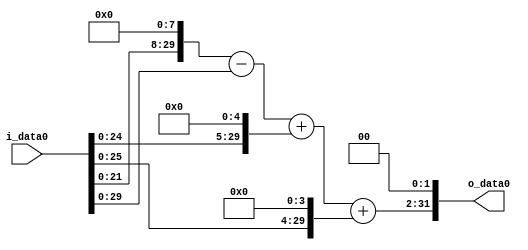
module multiplier_block_115 (
    i_data0,
    o_data0
);
  input   [31:0] i_data0;
  output  [31:0]
    o_data0;
  wire [31:0]
    w1,
    w256,
    w255,
    w32,
    w287,
    w16,
    w303,
    w1212;
  assign w1 = i_data0;
  assign w1212 = w303 << 2;
  assign w16 = w1 << 4;
  assign w255 = w256 - w1;
  assign w256 = w1 << 8;
  assign w287 = w255 + w32;
  assign w303 = w287 + w16;
  assign w32 = w1 << 5;
  assign o_data0 = w1212;
endmodule